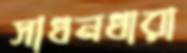
সাধনধারা